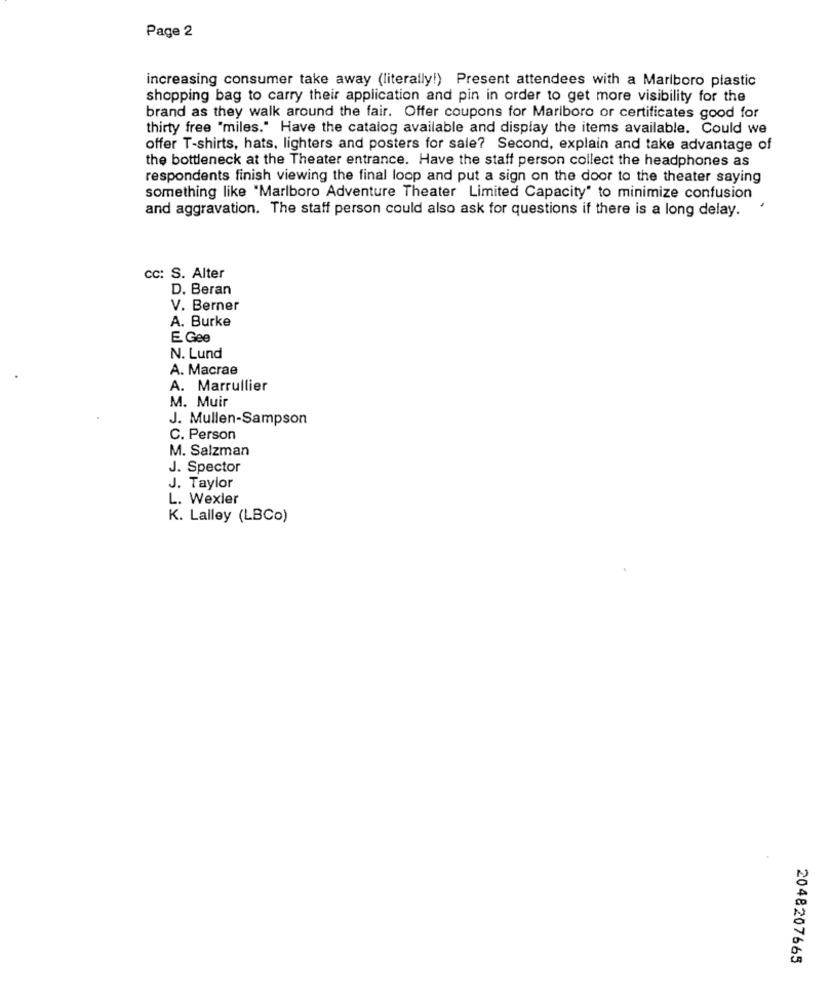
Page 2
increasing consumer take away (literally!) Present attendees with a Marlboro plastic
shopping bag to carry their application and pin in order to get more visibility for the
brand as they walk around the fair. Offer coupons for Marlboro or certificates good for
thirty free "miles." Have the catalog available and display the items available. Could we
offer T-shirts, hats, lighters and posters for sale? Second, explain and take advantage of
the bottleneck at the Theater entrance. Have the staff person collect the headphones as
respondents finish viewing the final loop and put a sign on the door to the theater saying
something like "Marlboro Adventure Theater Limited Capacity" to minimize confusion
and aggravation. The staff person could also ask for questions if there is a long delay.
.
cc: S. Alter
D. Beran
V. Berner
A. Burke
E Gee
N. Lund
A. Macrae
A. Marrullier
M. Muir
J. Mullen-Sampson
C. Person
M. Salzman
J. Spector
J. Taylor
L. Wexler
K. Lalley (LBCo)
2048207665